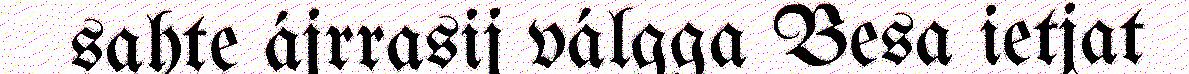
sahte ájrrasij válgga Besa ietjat